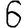
Digit: 6